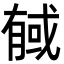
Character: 戫